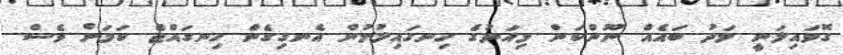
ގޮވައިލަނީ މަދު ބައެއް ނޫންކަން މިއަދުގެ ހިނގައިލުމުން އެނގިގެން ހިނގައްޖެ ކަމަށް ވެސް